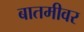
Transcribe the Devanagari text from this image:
बातमीवर